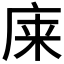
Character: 𫷬